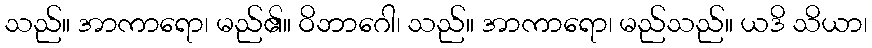
သည်။ အာကာရော၊ မည်၏။ ဝိဘာဂေါ၊ သည်။ အာကာရော၊ မည်သည်။ ယဒိ သိယာ၊